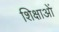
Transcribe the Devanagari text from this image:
शिक्षाआें